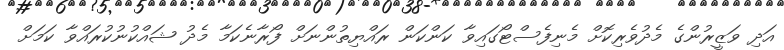
އަދި ވަޒީރުންގެ މެދުވެރިކޮށް މެނިފެސްޓޯގައިވާ ކަންކަން ރައްޔިތުންނަށް ފޯރާނެކަމާ މެދު ޝައްކުނުކުރައްވާ ކަމަށް